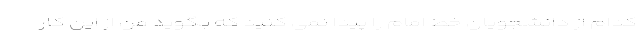
کدام از دانشجویان خط امام را پیدا نمی کنید که بگوید من از این کار